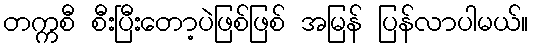
တက္ကစီ စီးပြီးတော့ပဲဖြစ်ဖြစ် အမြန် ပြန်လာပါမယ်။